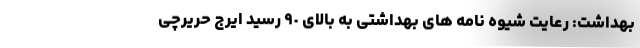
بهداشت: رعایت شیوه نامه های بهداشتی به بالای ٩٠ رسید ایرج حریرچی